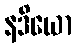
နဒိယော